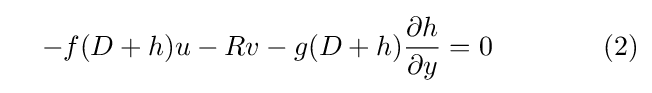
\quad -f(D+h)u-Rv-g(D+h){\frac {\partial h}{\partial y}}=0\qquad \qquad (2)